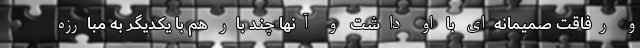
و رفاقت صمیمانه‌ای با او داشت و آنها چند بار هم با یکدیگر به مبارزه